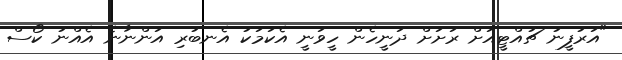
"އަރުފީނު ޗުއްޓީއަށް ރަށަށް ދަނީހެން ހީވަނީ އެކަމަކު އެނބުރި އަންނާނެ އެއްނު ކޯސް